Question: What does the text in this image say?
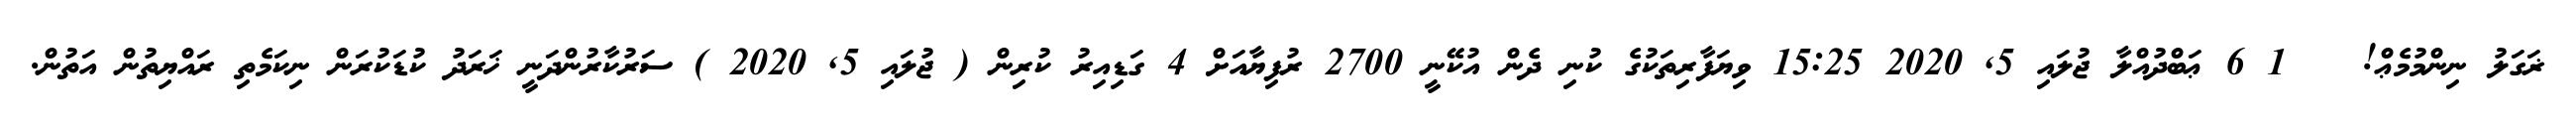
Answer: ޜަގަލު ނިންމުމެޢް! ?? 1 6 ޢަބްދުއްލާ ޖުލައި 5, 2020 15:25 ވިޔަފާރިތަކުގެ ކުނި ދެން އުކޭނީ 2700 ރުފިޔާއަށް 4 ގަޑިއިރު ކުރިން ( ޖުލައި 5, 2020 ) ސަރުކާރުންދަނީ ޚަރަދު ކުޑަކުރަން ނިކަމެތި ރައްޔިތުން އަތުން.